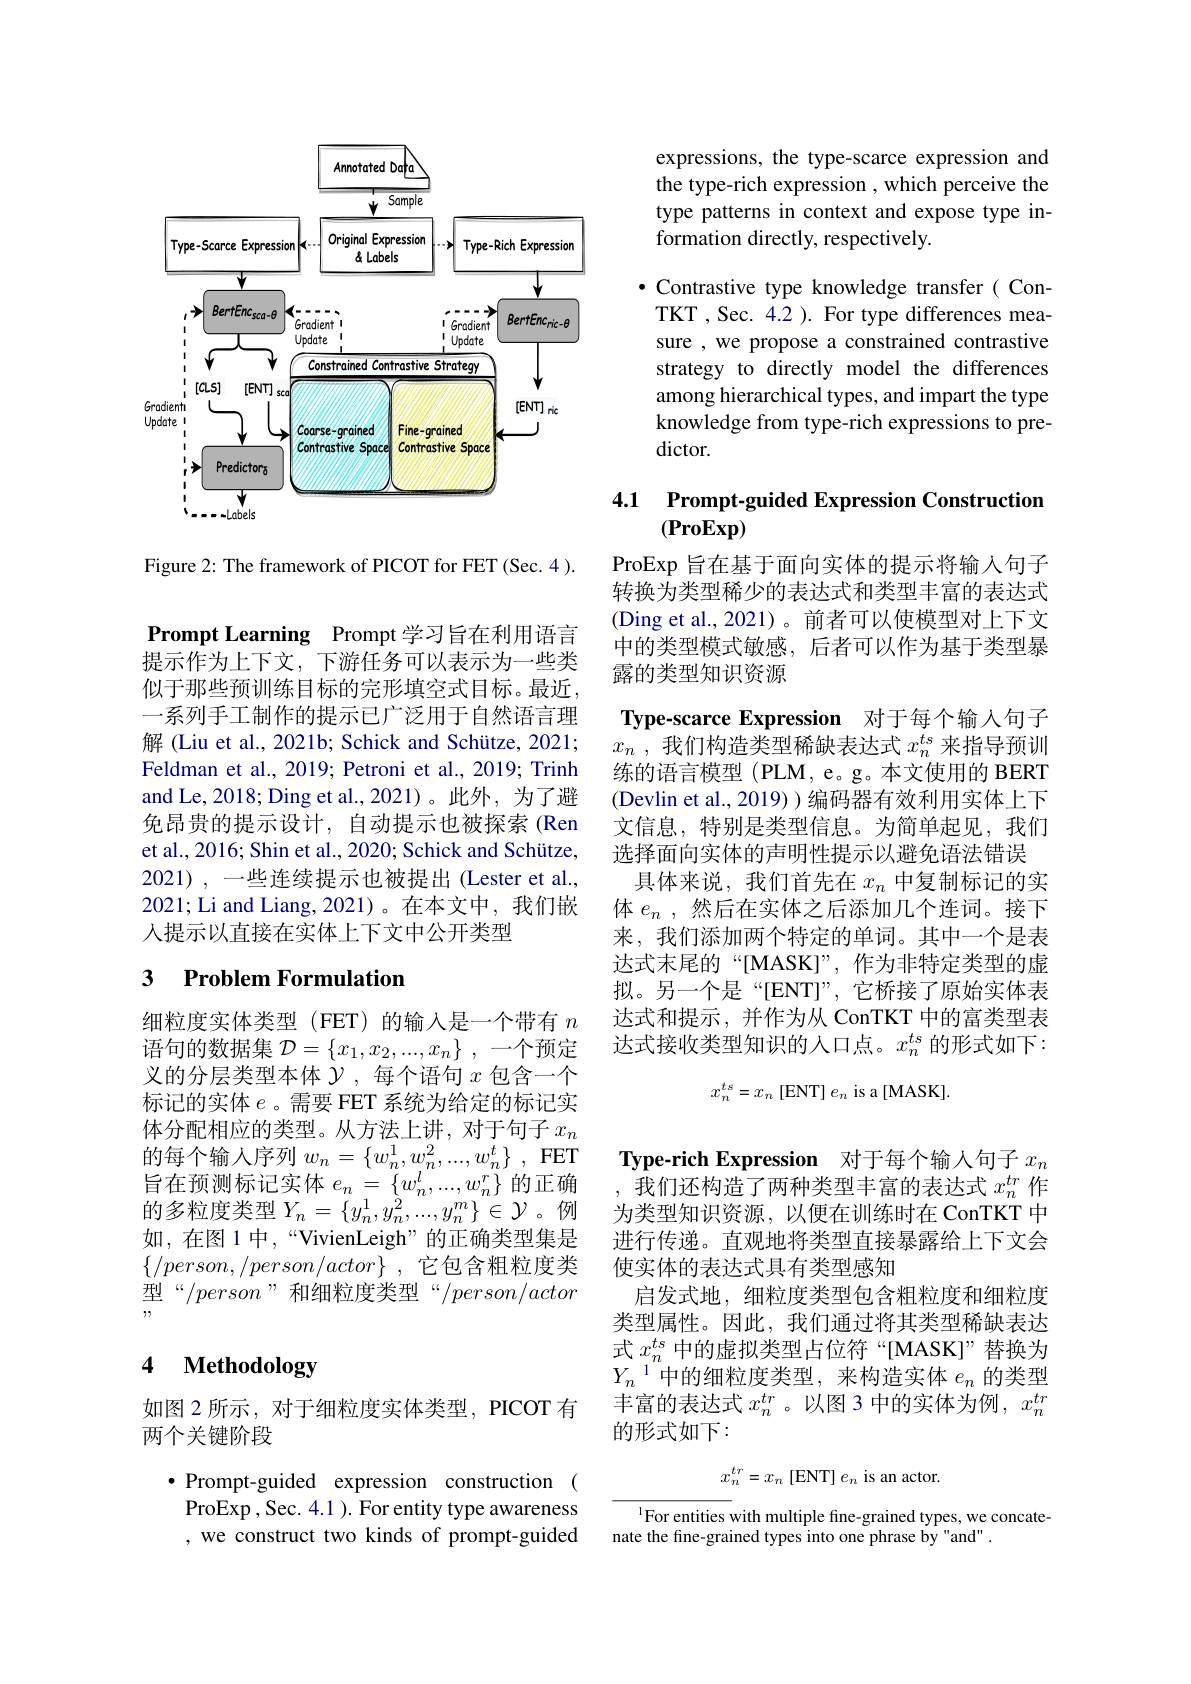
<FigureHere>

Figure 2: The framework of PICOT for FET (Sec. 4 ).

Prompt Learning Prompt 学习旨在利用语言提示作为上下文，下游任务可以表示为一些类似于那些预训练目标的完形填空式目标。最近， 一系列手工制作的提示已广泛用于自然语言理解 (Liu et al., 2021b; Schick and Schütze, 2021; Feldman et al., 2019; Petroni et al., 2019; Trinh and Le, 2018; Ding et al., 2021)。此外，为了避免昂贵的提示设计，自动提示也被探索(Ren et al., 2016; Shin et al., 2020; Schick and Schütze, 2021),一些连续提示也被提出(Lester et al., 2021; Li and Liang, 2021)。在本文中，我们嵌人提示以直接在实体上下文中公开类型

## 3 Problem Formulation

细粒度实体类型 (FET)的输入是一个带有$n$ 语句的数据集$\mathcal{D} = \{ x_1, x_2, . . . , x_n\}$ ,一个预定义的分层类型本体$\mathcal{Y}$,每个语句$x$包含一个标记的实体$e$ 。需要 FET 系统为给定的标记实体分配相应的类型。从方法上讲，对于句子$x_n$ 的每个输入序列$w_n= \{ w_n^1, w_n^2, . . . , w_n^t\}$ ,FET 旨 在 预 测 标 记 实 体 $e_{n}= \left \{ w_{n}^{l}, . . . , w_{n}^{r}\right \}$的 正 确 台 业 产 业 于 1的多粒度类型$Y_n=\{y_n^1,y_n^2,...,y_n^m\}\in\mathcal{Y}$。例如，在图 1 中，“VivienLeigh”的正确类型集是$\{ / person, / person/ actor\}$ ,它包含粗粒度类型“$/person$”和细粒度类型“$/person/actor$

# 4 Methodology

如图 2 所示 , 对于细粒度实体类型，PICOT 有
两个关键阶段

$\bullet$Prompt-guided expression construction ( ProExp , Sec. 4.1 ). For entity type awareness , we construct two kinds of prompt-guided

expressions, the type-scarce expression and the type-rich expression , which perceive the type patterns in context and expose type information directly, respectively.

$\bullet$ Contrastive type knowledge transfer( ConTKT , Sec. 4.2 ). For type differences measure , we propose a constrained contrastive strategy to directly model the differences among hierarchical types, and impart the type knowledge from type-rich expressions to predictor.

## 4.1 Prompt-guided Expression Constructior $(\mathbf{ProExp})$

ProExp 旨在基于面向实体的提示将输入句子转换为类型稀少的表达式和类型丰富的表达式(Ding et al., 2021)。前者可以使模型对上下文中的类型模式敏感，后者可以作为基于类型暴露的类型知识资源
Type-scarce Expression 对于每个输入句子$x_n$ ,我们构造类型稀缺表达式$x_n^ts$来指导预训练的语言模型 (PLM, e。g。本文使用的 BERT (Devlin et al., 2019) ) 编码器有效利用实体上下文信息，特别是类型信息。为简单起见，我们选择面向实体的声明性提示以避免语法错误
具体来说，我们首先在$x_n$中复制标记的实体$e_n$ ,然后在实体之后添加几个连词。接下来，我们添加两个特定的单词。其中一个是表达式末尾的“[MASK]”,作为非特定类型的虚拟。另一个是“[ENT]”,它桥接了原始实体表达式和提示，并作为从 ConTKT 中的富类型表达式接收类型知识的人口点。$x_n^{ts}$的形式如下：
$$x_n^{ts}=x_n\text{[ENT]}\:e_n\text{is a [MASK]}.$$
Type-rich Expression 对于每个输入句子$x_n$ 我们还构造了两种类型丰富的表达式$x_n^{tr}$作为类型知识资源，以便在训练时在 ConTKT 中进行传递。直观地将类型直接暴露给上下文会使实体的表达式具有类型感知
启发式地，细粒度类型包含粗粒度和细粒度类型属性。因此，我们通过将其类型稀缺表达式$x_n^{ts}$中的虚拟类型占位符“[MASK]”替换为$Y_n^{1}$中的细粒度类型，来构造实体 $e_n$ 的类型丰富的表达式$x_n^{tr}$ 。以图 3 中的实体为例，$x_n^{tn}$ 的形式如下：
$$x_n^{tr}=x_n\text{[ENT]}e_n\text{is an actor.}$$
$^{1}$For entities with multiple fine-grained types, we concate-
nate the fine-grained types into one phrase by "and" .